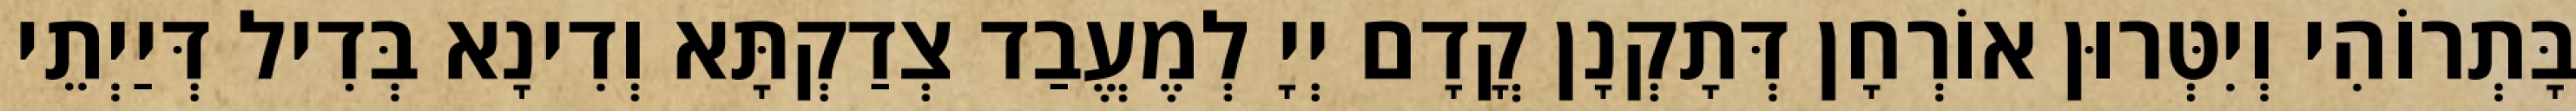
בָּתְרוֹהִי וְיִטְּרוּן אוֹרְחָן דְּתָקְנָן קֳדָם יְיָ לְמֶעֱבַד צְדַקְתָּא וְדִינָא בְּדִיל דְּיַיְתֵי